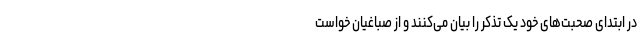
در ابتدای صحبت‌های خود یک تذکر را بیان می‌کنند و از صباغیان خواست